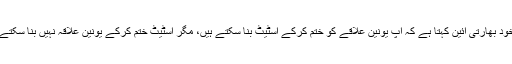
خود بھارتی آئین کہتا ہے کہ آپ یونین علاقے کو ختم کرکے اسٹیٹ بنا سکتے ہیں، مگر اسٹیٹ ختم کرکے یونین علاقہ نہیں بنا سکتے۔